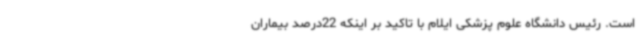
است. رئیس دانشگاه علوم پزشکی ایلام با تاکید بر اینکه 22درصد بیماران